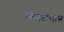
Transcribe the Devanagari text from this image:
विपक्षसात्व